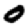
Digit: 0